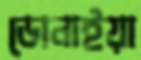
ডোনাইয়া